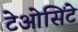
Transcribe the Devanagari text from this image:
टेओसिंटे